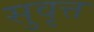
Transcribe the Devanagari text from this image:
सुवृत्त